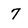
Character: 7